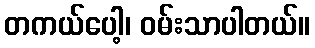
တကယ်ပေါ့၊ ဝမ်းသာပါတယ်။